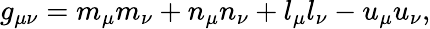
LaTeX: g_{\mu\nu}=m_{\mu}m_{\nu}+n_{\mu}n_{\nu}+l_{\mu}l_{\nu}-u_{\mu}u_{\nu},